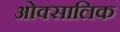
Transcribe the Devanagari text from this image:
ओक्सालिक